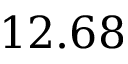
1 2 . 6 8